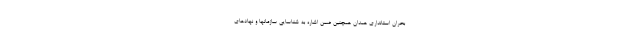
بحران استانداری همدان همچنین ضمن اشاره به شناسایی سازمانها و نهادهای